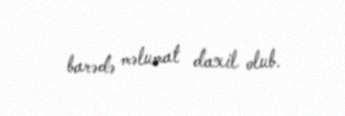
barədə məlumat daxil olub.